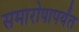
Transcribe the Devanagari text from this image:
समारोपापर्यंत